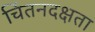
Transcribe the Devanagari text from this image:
चिंतनदक्षता